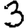
Digit: 3